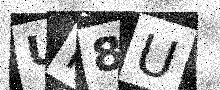
Text: UH8U